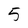
Character: 5